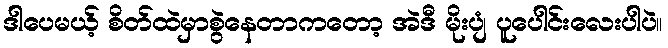
ဒါပေမယ့် စိတ်ထဲမှာစွဲနေတာကတော့ အဲဒီ မိုးပျံ ပူပေါင်းလေးပါပဲ။